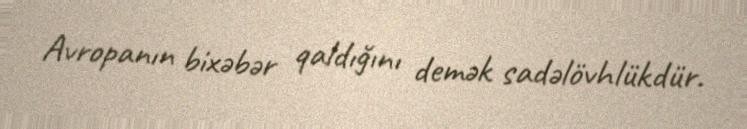
Avropanın bixəbər qaldığını demək sadəlövhlükdür.